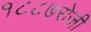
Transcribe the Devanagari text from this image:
१८८७रोजी